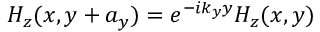
H _ { z } ( x , y + a _ { y } ) = e ^ { - i k _ { y } y } H _ { z } ( x , y )